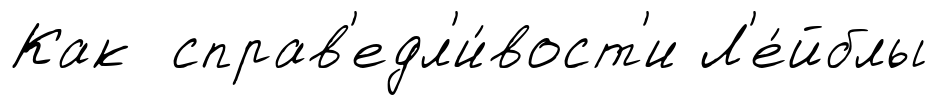
Как справ'едл'и́вост'и Л'е́йблы